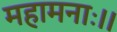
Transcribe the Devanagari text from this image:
महामनाः।।